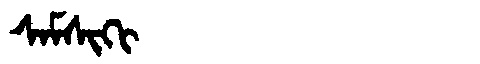
Manchu: ᠰᠠᠮᠰᡳᡴᡳ
Romanization: SAMSIKI